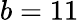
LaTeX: b=11